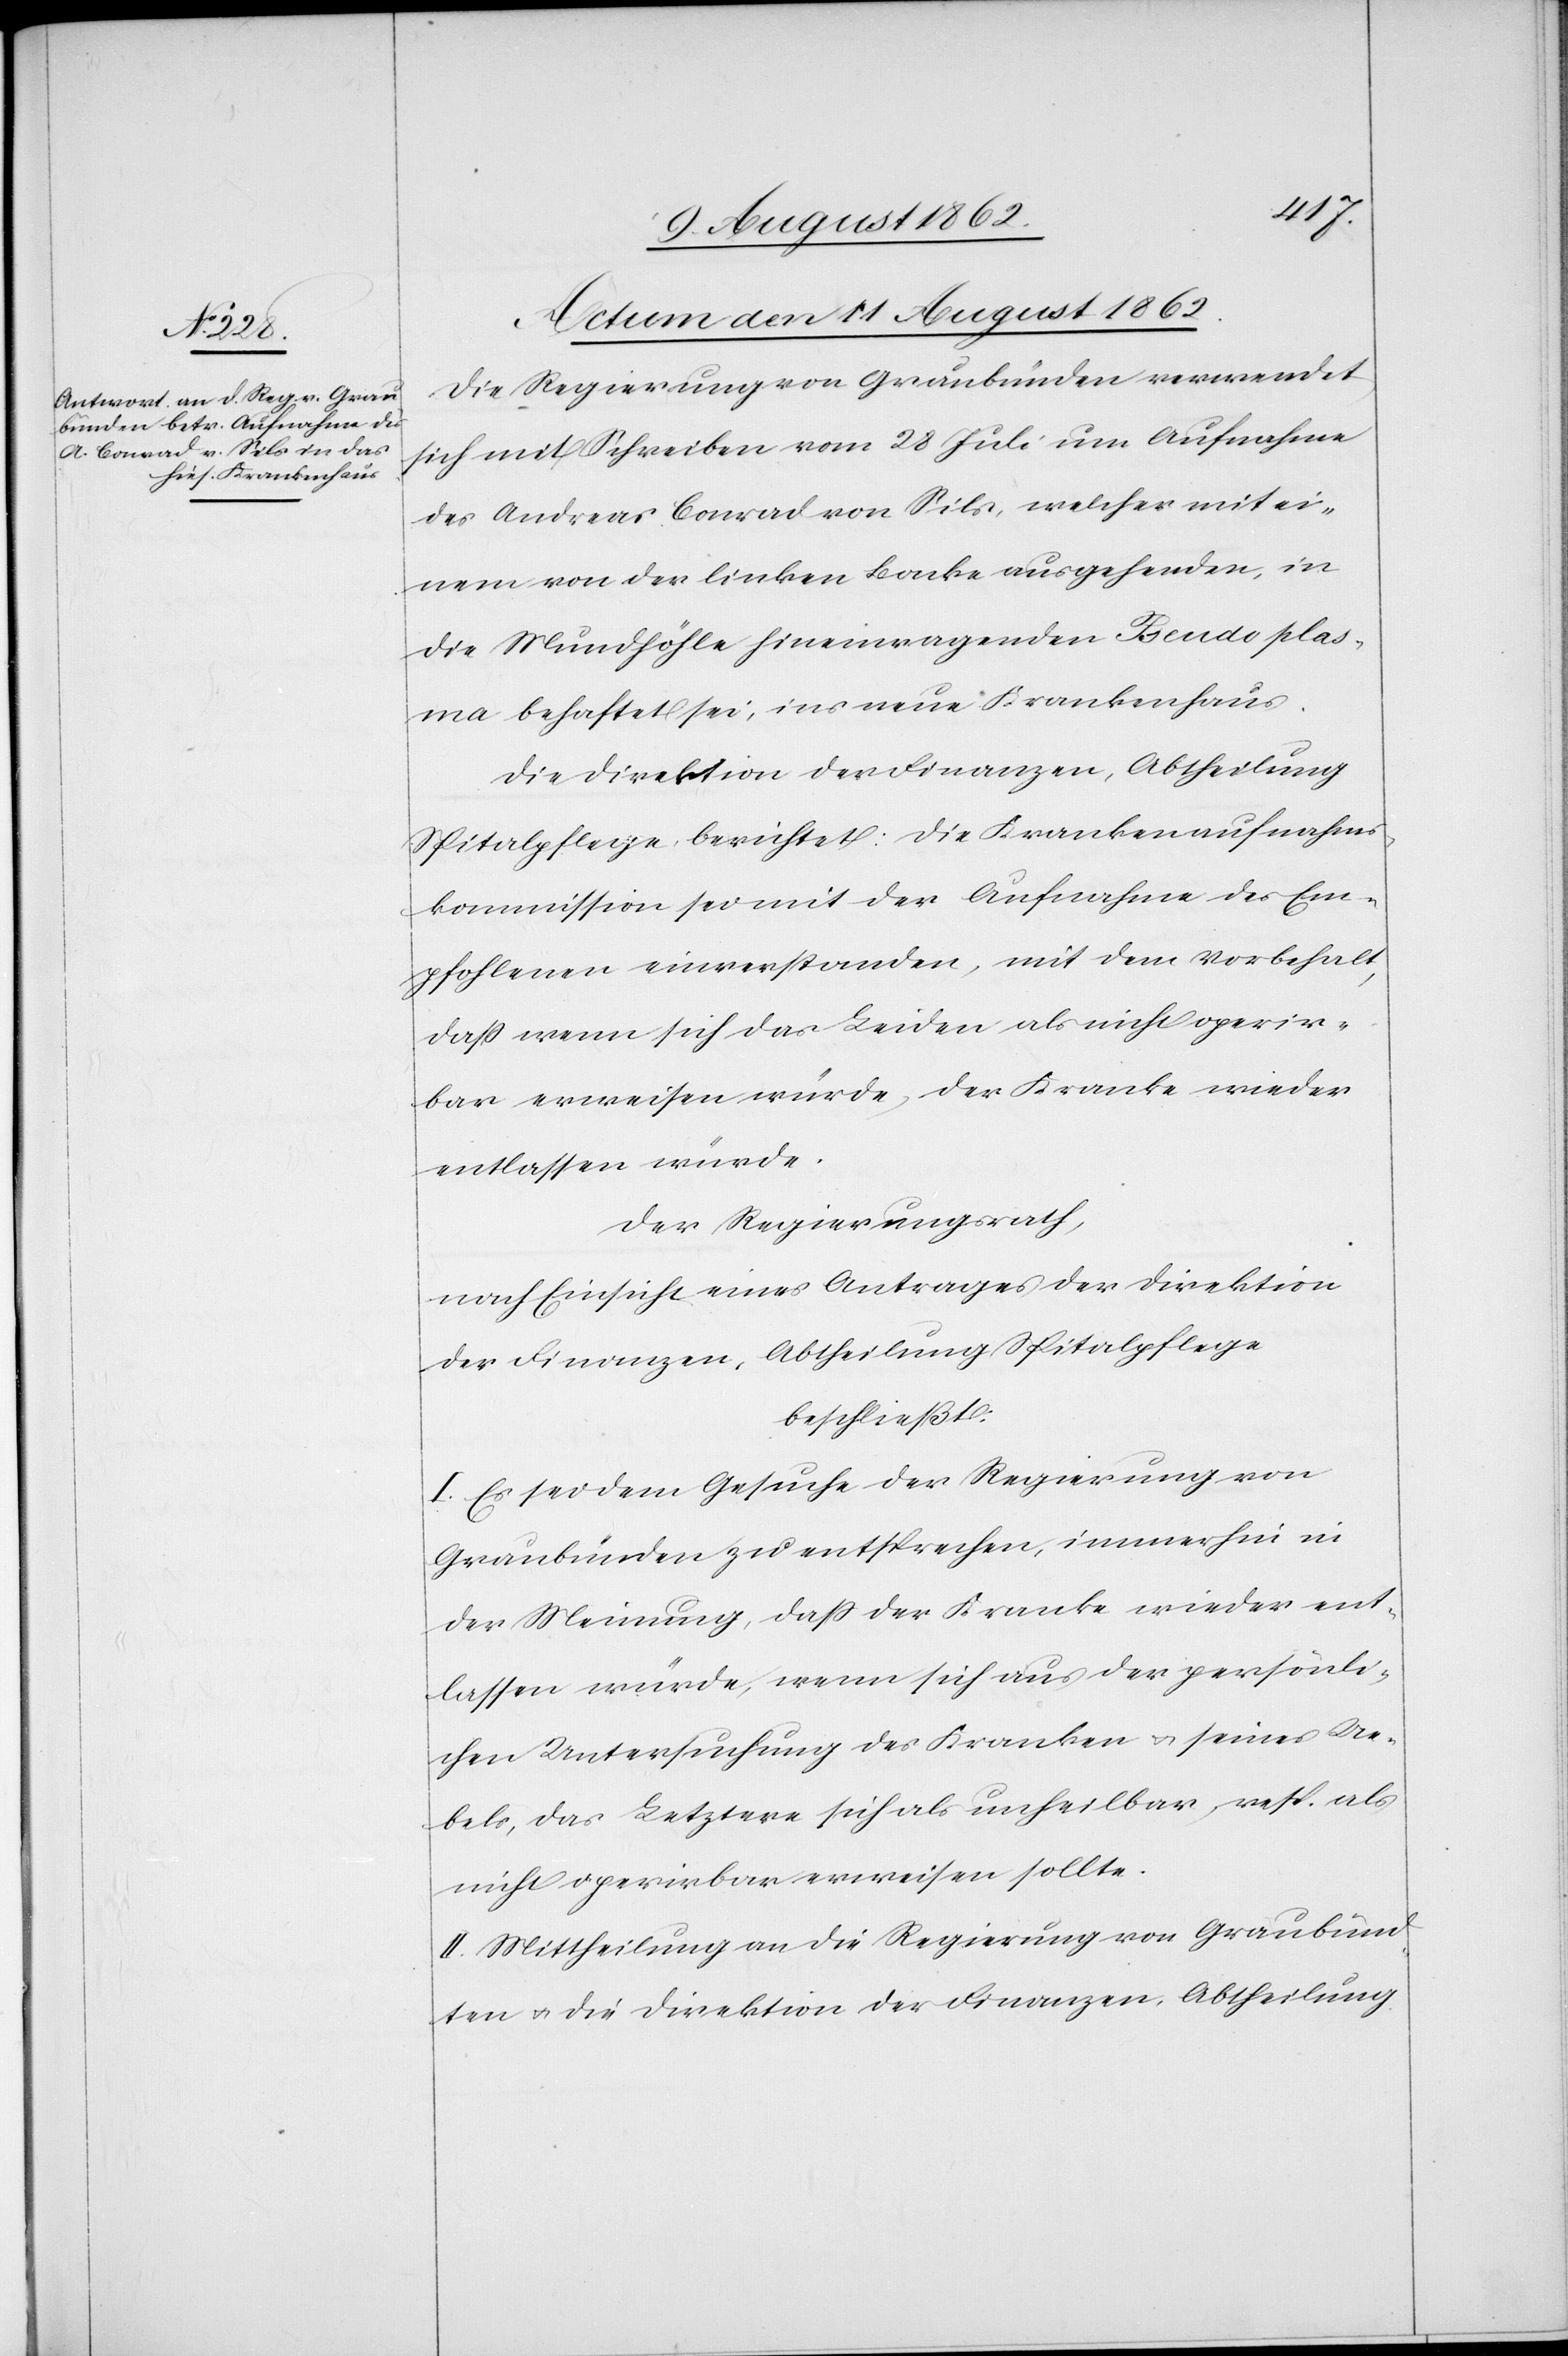
Actum den 11. August 1862.
Die Regierung von Graubünden verwendet
sich mit Schreiben vom 28. Juli um Aufnahme
des Andres Conrad von Sils, welcher mit ei¬
nem von der linken Backe ausgehenden, in
der Mundhöhle hineinragenden Pseudo plas¬
ma behaftet sei, ins neue Krankenhaus.
Die Direktion der Finanzen, Abtheilung
Spitalpflege berichtet: Die Krankenaufnahms¬
kommission sei mit der Aufnahme des Em¬
pfohlenen einverstanden, mit dem Vorbehalt,
daß wenn sich das Leiden als nicht operir¬
bar erweisen würde, der Kranke wieder
entlassen würde.
der Regierungsrath,
nach Einsicht eines Antrages der Direktion
der Finanzen, Abtheilung Spitalpflege
beschließt:
I. Es sei dem Gesuche der Regierung von
Graubünden zu entsprechen, immerhin in
der Meinung, daß der Kranke wieder ent¬
lassen würde, wenn sich aus der persönli¬
chen Untersuchung des Kranken u. seines Ue¬
bels, das Letztere sich als unheilbar, resp. als
nicht operirbar erweisen sollte.
II. Mittheilung an die Regierung von Graubünd¬
en u. die Direktion der Finanzen, Abtheilung